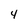
Character: 4